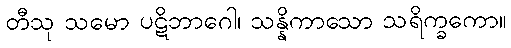
တီသု သမော ပဋိဘာဂေါ၊ သန္နိကာသော သရိက္ခကော။